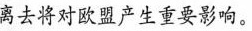
离去将对欧盟产生重要影响。